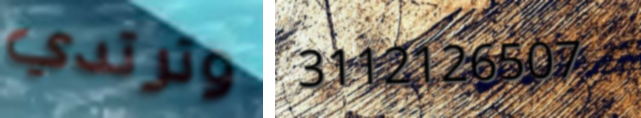
وترتدي 3112126507